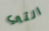
التي